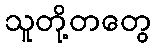
သူတို့တတွေ